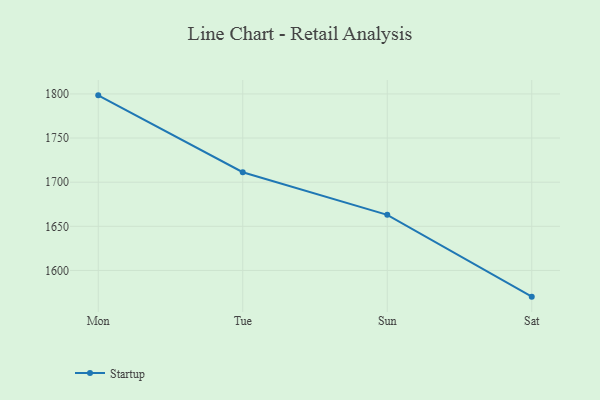
{"axis": {"x": "Day", "y": "Energy Usage (MWh)"}, "legend": ["Startup"], "data": [{"x": "Mon", "y": 1798.4, "type": "Startup"}, {"x": "Tue", "y": 1711.3, "type": "Startup"}, {"x": "Sun", "y": 1663.0, "type": "Startup"}, {"x": "Sat", "y": 1570.3, "type": "Startup"}]}